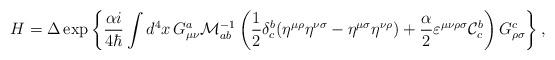
LaTeX: \begin{align*} H=\Delta\exp\left\{\frac{\alpha i}{4\hbar}\int d^4x\, G^a_{\mu\nu}{\cal M}^{-1}_{ab}\left( \frac{1}{2}\delta^b_c(\eta^{\mu\rho}\eta^{\nu\sigma}-\eta^{\mu\sigma} \eta^{\nu\rho})+\frac{\alpha}{2}\varepsilon^{\mu\nu\rho\sigma} {\cal C}^b_c\right)G^c_{\rho\sigma}\right\},\end{align*}